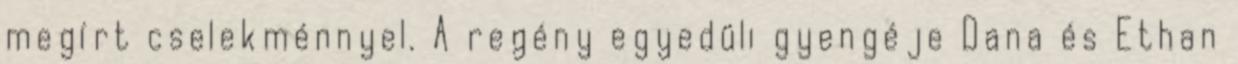
megírt cselekménnyel. A regény egyedüli gyengéje Dana és Ethan